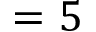
= 5